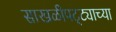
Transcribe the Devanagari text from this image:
साखळीपट्ट्याच्या